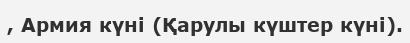
, Армия күні (Қарулы күштер күні).